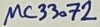
Text: MC33072